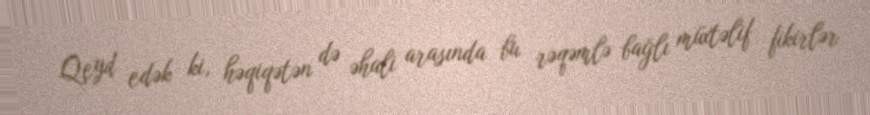
Qeyd edək ki, həqiqətən də əhali arasında bu rəqəmlə bağlı müxtəlif fikirlər